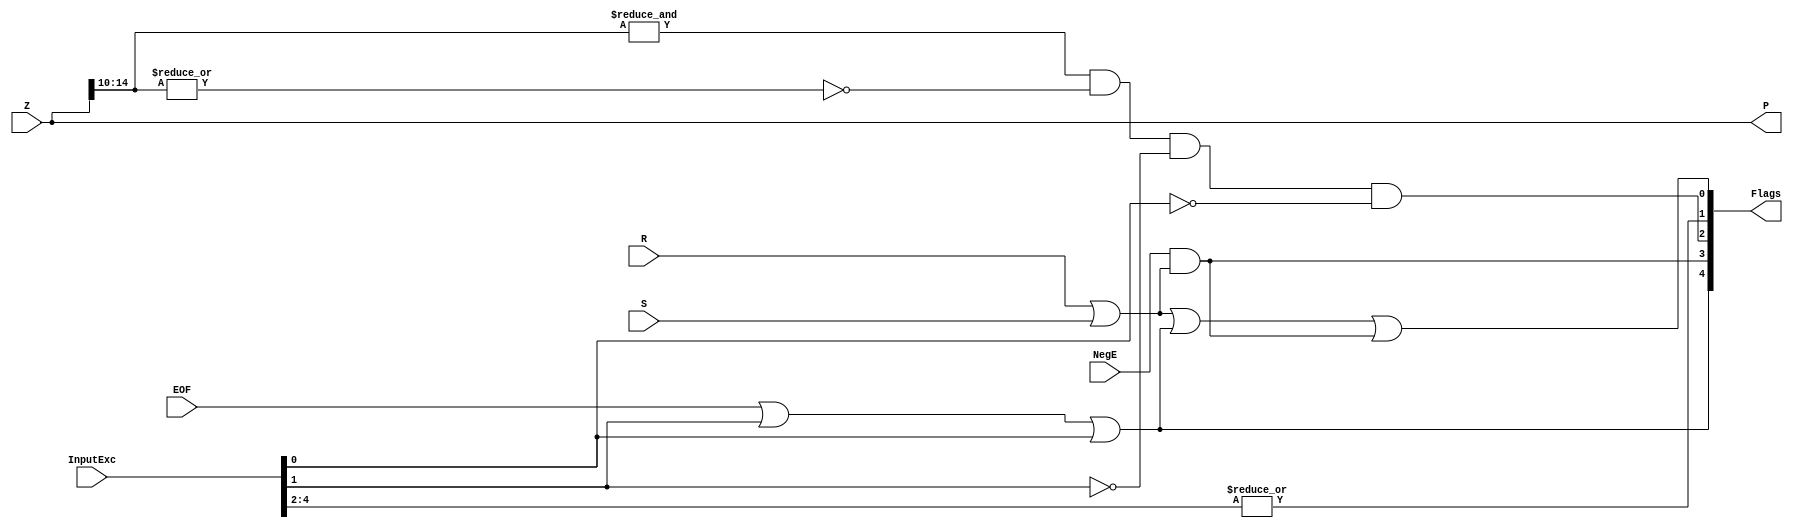
`define SIMULATION_MEMORY
//`define SIMULATION_addfp
`define VECTOR_DEPTH 64 //Q,K,V vector size
`define DATA_WIDTH 16
`define VECTOR_BITS 1024 // 16 bit each (16x64)
`define NUM_WORDS 32   //num of words in the sentence
`define BUF_AWIDTH 4 //16 entries in each buffer ram
`define BUF_LOC_SIZE 4 //4 words in each addr location
`define OUT_RAM_DEPTH 512 //512 entries in output bram
`define EXPONENT 8
`define MANTISSA 7
`define EXPONENT 5
`define MANTISSA 10
`define SIGN 1
`define DWIDTH (`SIGN+`EXPONENT+`MANTISSA)
`define DEFINES_DONE
`define DATAWIDTH (`SIGN+`EXPONENT+`MANTISSA)
`define IEEE_COMPLIANCE 1
`define NUM 4
`define ADDRSIZE 4

module FPAddSub_ExceptionModule(
		Z,
		NegE,
		R,
		S,
		InputExc,
		EOF,
		P,
		Flags
    );
	 
	// Input ports
	input [`DWIDTH-1:0] Z	;					// Final product
	input NegE ;						// Negative exponent?
	input R ;							// Round bit
	input S ;							// Sticky bit
	input [4:0] InputExc ;			// Exceptions in inputs A and B
	input EOF ;
	
	// Output ports
	output [`DWIDTH-1:0] P ;					// Final result
	output [4:0] Flags ;				// Exception flags
	
	// Internal signals
	wire Overflow ;					// Overflow flag
	wire Underflow ;					// Underflow flag
	wire DivideByZero ;				// Divide-by-Zero flag (always 0 in Add/Sub)
	wire Invalid ;						// Invalid inputs or result
	wire Inexact ;						// Result is inexact because of rounding
	
	// Exception flags
	
	// Result is too big to be represented
	assign Overflow = EOF | InputExc[1] | InputExc[0] ;
	
	// Result is too small to be represented
	assign Underflow = NegE & (R | S);
	
	// Infinite result computed exactly from finite operands
	assign DivideByZero = &(Z[`MANTISSA+`EXPONENT-1:`MANTISSA]) & ~|(Z[`MANTISSA+`EXPONENT-1:`MANTISSA]) & ~InputExc[1] & ~InputExc[0];
	
	// Invalid inputs or operation
	assign Invalid = |(InputExc[4:2]) ;
	
	// Inexact answer due to rounding, overflow or underflow
	assign Inexact = (R | S) | Overflow | Underflow;
	
	// Put pieces together to form final result
	assign P = Z ;
	
	// Collect exception flags	
	assign Flags = {Overflow, Underflow, DivideByZero, Invalid, Inexact} ; 	
	
endmodule